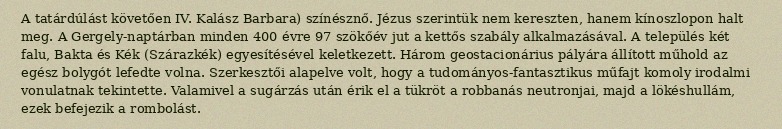
A tatárdúlást követően IV. Kalász Barbara) színésznő. Jézus szerintük nem kereszten, hanem kínoszlopon halt meg. A Gergely-naptárban minden 400 évre 97 szökőév jut a kettős szabály alkalmazásával. A település két falu, Bakta és Kék (Szárazkék) egyesítésével keletkezett. Három geostacionárius pályára állított műhold az egész bolygót lefedte volna. Szerkesztői alapelve volt, hogy a tudományos-fantasztikus műfajt komoly irodalmi vonulatnak tekintette. Valamivel a sugárzás után érik el a tükröt a robbanás neutronjai, majd a lökéshullám, ezek befejezik a rombolást.